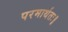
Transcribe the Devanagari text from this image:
परमार्थतः॥